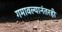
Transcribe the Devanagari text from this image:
गमावल्यानंतरही